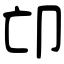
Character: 𠨑